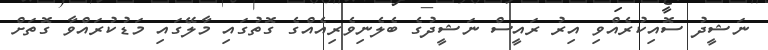
ނަޝީދު ސޮއިކުރެއްވި އިރު ރައީސް ނަޝީދުގެ ބެލެނިވެރިއެއްގެ ގޮތުގައި މާލޭގައި މަޑުކުރައްވާ ގޮތަށް